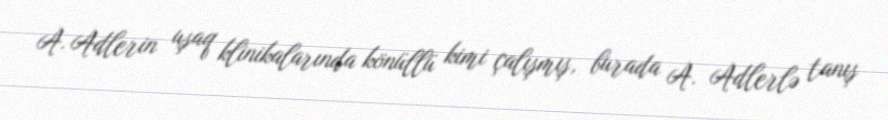
A. Adlerin uşaq klinikalarında könüllü kimi çalışmış, burada A. Adlerlə tanış